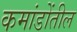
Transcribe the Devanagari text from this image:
कमांडोंतील